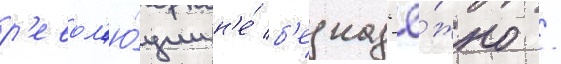
р'евол'ю́ции н'е́ б'езнад'ё́жно /